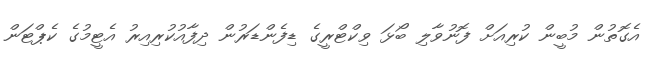
އެގޮތުން މުބީން ކުރިއަށް ފޮނުވާލި ބޯޅަ ވިކްޓްރީގެ ޑިފެންޑަރުން ދިފާއުކުރިއިރު އެޓީމުގެ ކެޕްޓަން